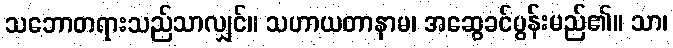
သဘောတရားသည်သာလျှင်။ သဟာယတာနာမ၊ အဆွေခင်ပွန်းမည်၏။ သာ၊